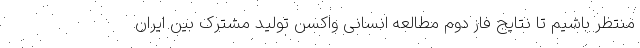
منتظر باشیم تا نتایج فاز دوم مطالعه انسانی واکسن تولید مشترک بین ایران